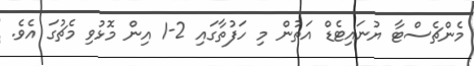
މެންޗެސްޓާ ޔުނައިޓެޑް އަތުން މި ހަފުތާގައި 2-1 އިން މޮޅުވި މެޗުގަ އެވެ.